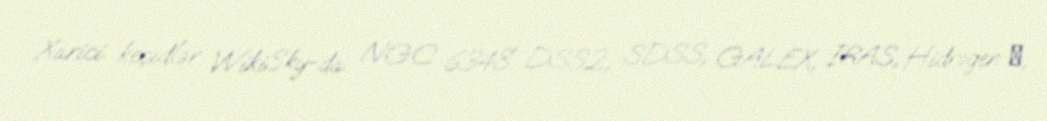
Xarici keçidlər WikiSky-da NGC 6348: DSS2, SDSS, GALEX, IRAS, Hidrogen α,